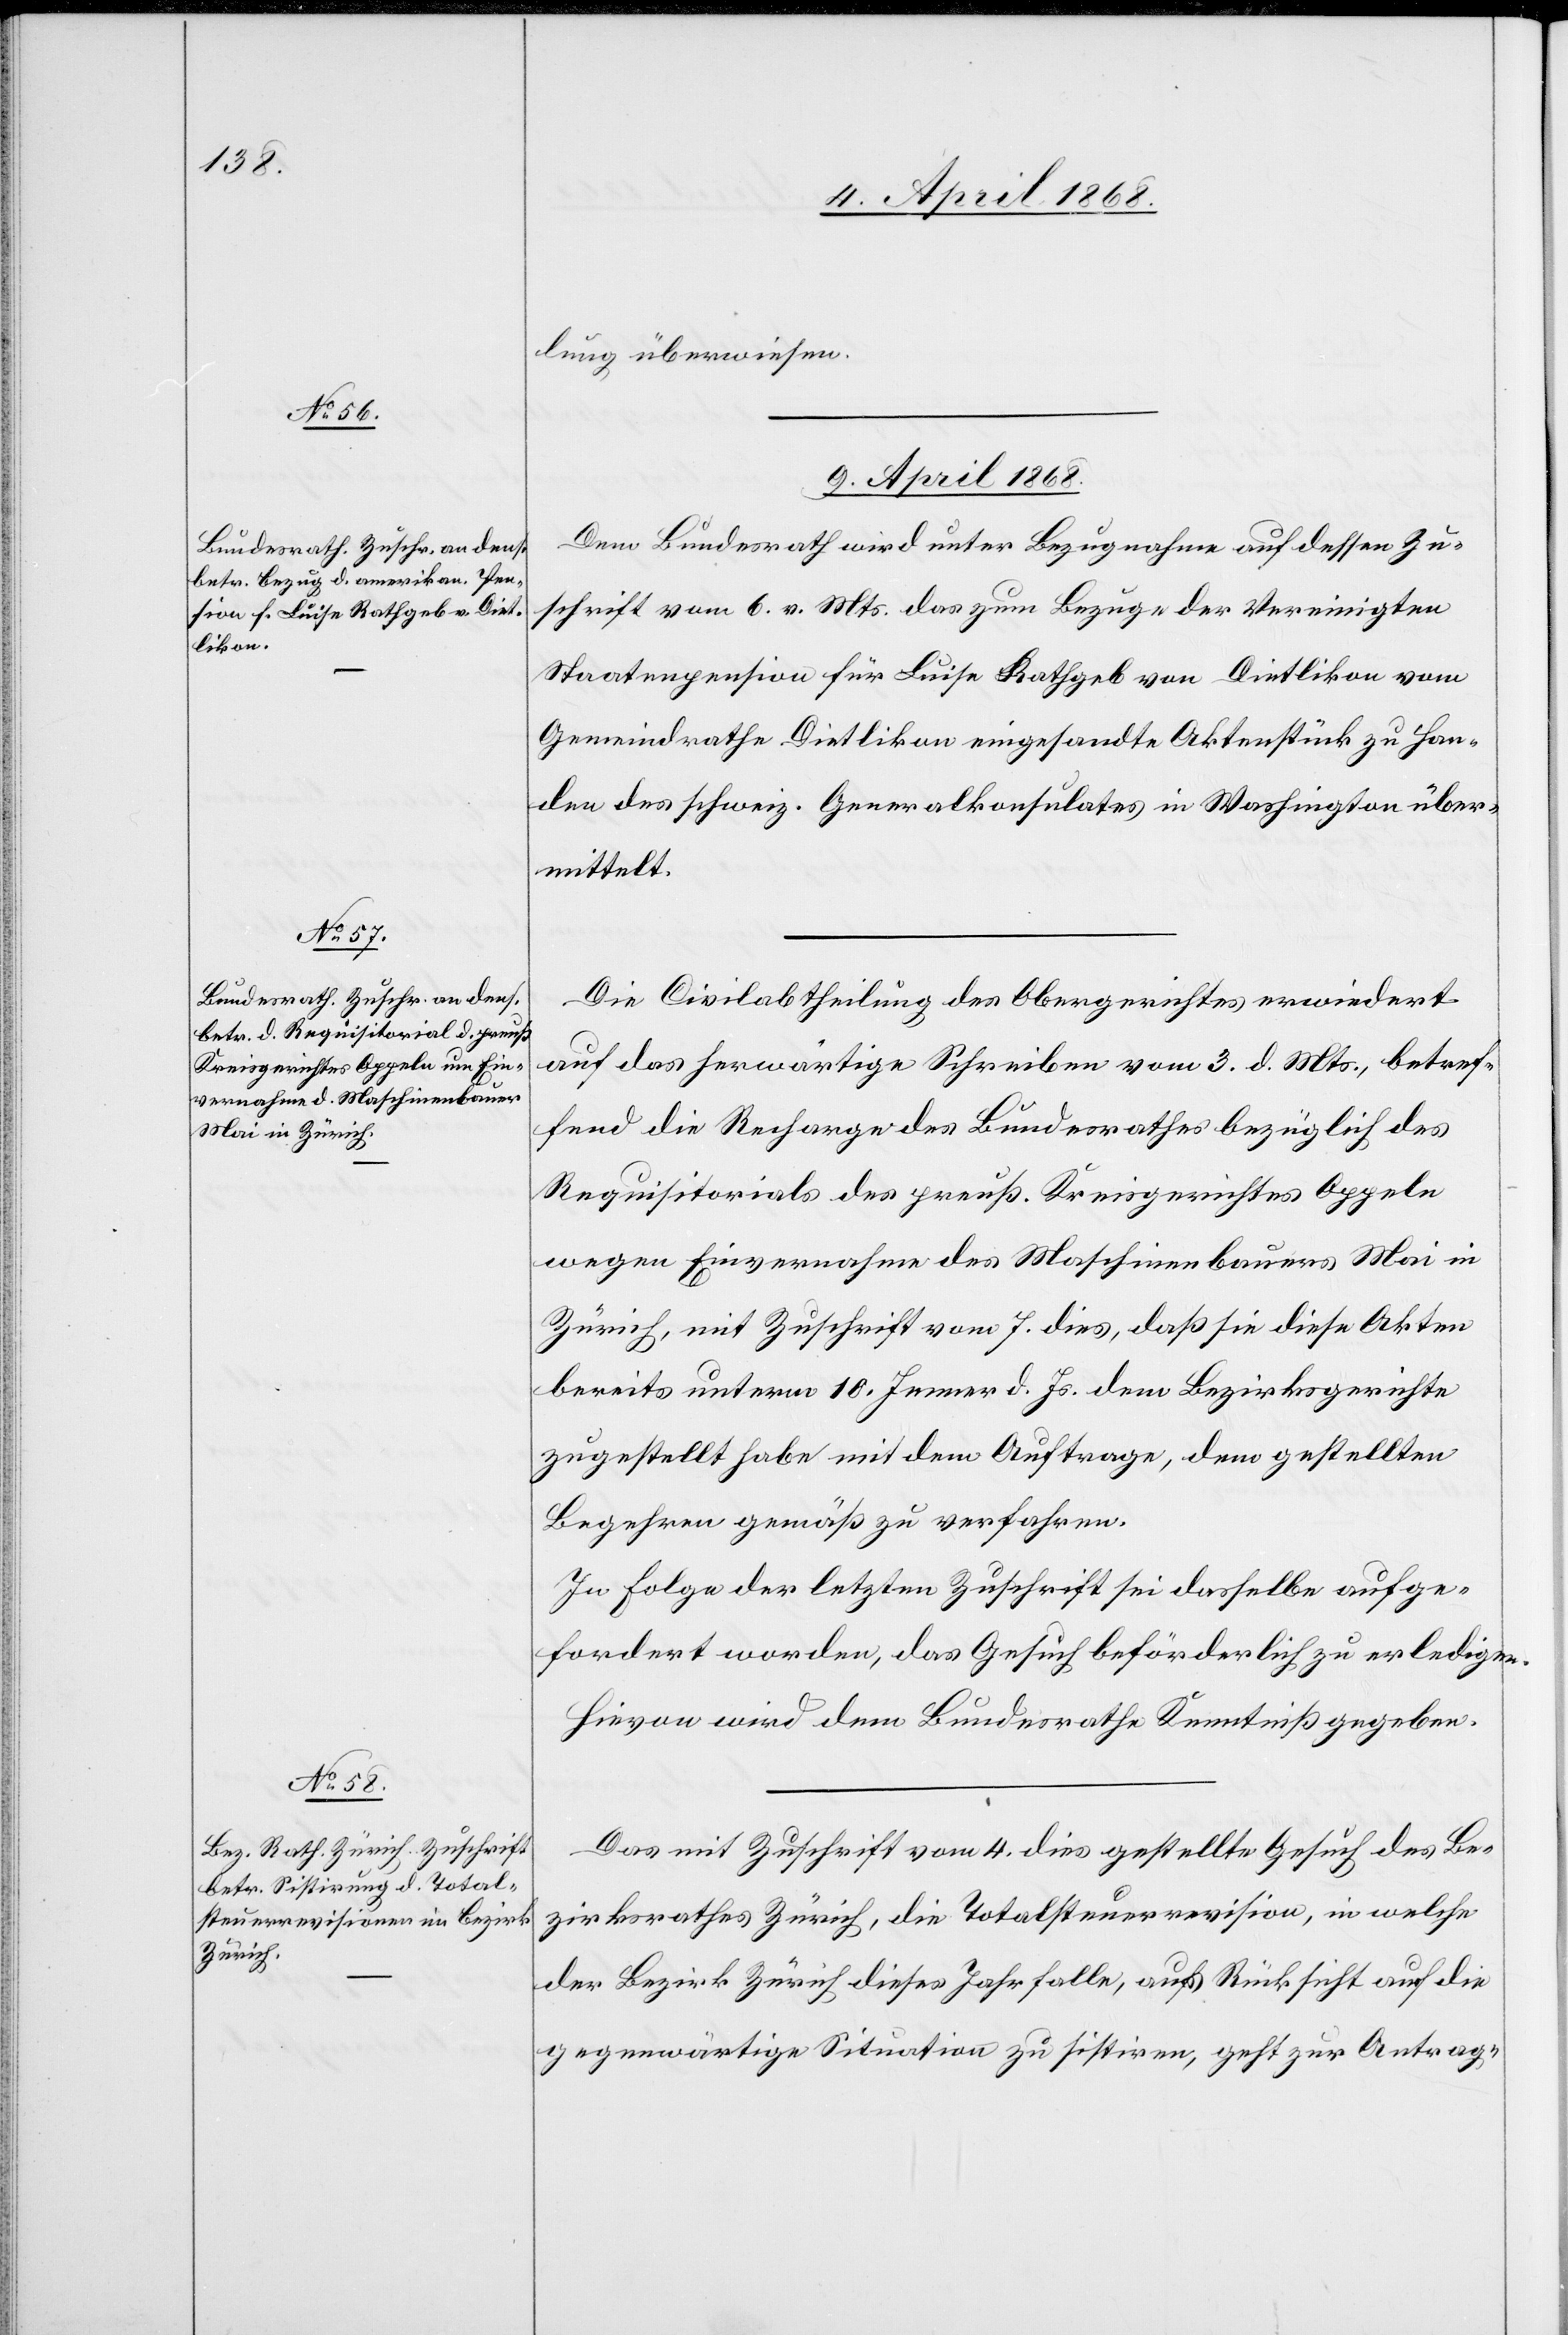
lung überwiesen.
9. April 1868.]
Dem Bundesrath wird unter Bezugnahme auf dessen Zu¬
schrift vom 6. v. Mts. das zum Bezuge der Vereinigten
Staatenpension für Luise Rathgeb von Dietlikon vom
Gemeindrathe Dietlikon eingesandte Aktenstück zu Han¬
den des schweiz. Generalkonsulates in Washington über¬
mittelt.
Die Civilabtheilung des Obergerichtes erwiedert
auf das herwärtige Schreiben vom 3. d. Mts., betref¬
fend die Recharge des Bundesrathes bezüglich des
Requisitorials des preuß. Kreisgerichtes Oppeln
wegen Einvernahme des Maschinenbauers Mai in
Zürich, mit Zuschrift vom 7. dies, daß sie diese Akten
bereits unterm 10. Jenner d. Js. dem Bezirksgerichte
zugestellt habe mit dem Auftrage, dem gestellten
Begehren gemäß zu verfahren.
In Folge der letzten Zuschrift sei dasselbe aufge¬
fordert worden, das Gesuch beförderlich zu erledigen.
Hievon wird dem Bundesrathe Kenntniß gegeben.
Das mit Zuschrift vom 4. dies gestellte Gesuch des Be¬
zirksrathes Zürich, die Totalsteuerrevision, in welche
der Bezirk Zürich dieses Jahr falle, aus Rücksicht auf die
gegenwärtige Situation zu sistiren, geht zur Antrag-